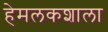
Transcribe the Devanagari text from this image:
हेमलकशाला